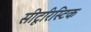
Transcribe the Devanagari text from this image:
सीटूरिस्टिक